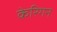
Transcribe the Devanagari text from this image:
केरिगन